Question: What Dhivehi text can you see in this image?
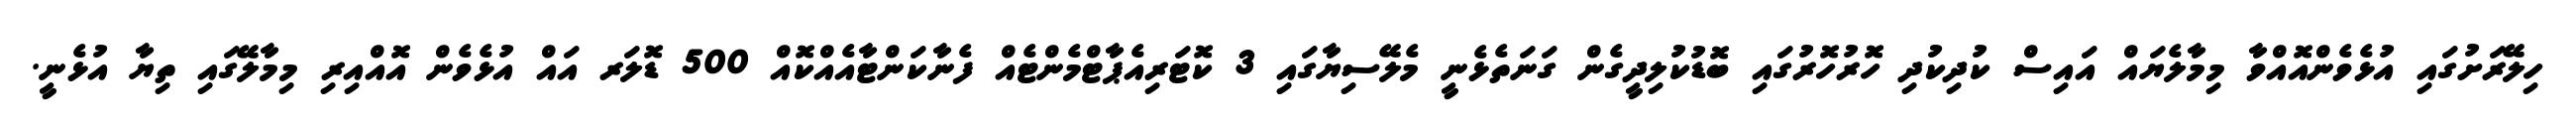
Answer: ހިލޭރަށުގައި އުޅެވެންއޮއްވާ މިމާލެޔައް އައިސް ކުދިކުދި ހޮރުހޮރުގައި ބޮޑުކުލިދީގެން ގަނަތެޅެނީ މެލޭސިޔާގައި 3 ކޮޓަރިއެޕާޓްމެންޓެއް ފެނާކަންޓާއެއްކޮއް 500 ޑޮލަރ އައް އުޅެވެން އޮއްއިރި މިމާލޭގައި ތިޔާ އުޅެނީ.